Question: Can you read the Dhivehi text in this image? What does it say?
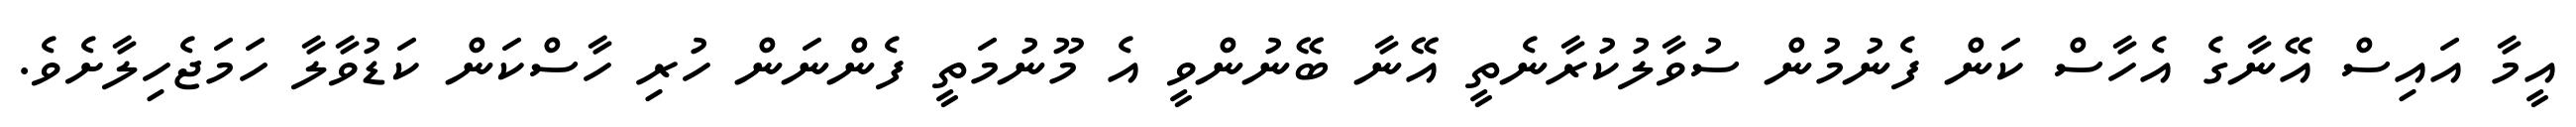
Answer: އީމާ އައިސް އޭނާގެ އެހާސް ކަން ފެނުމުން ސުވާލުކުރާނެތީ އޭނާ ބޭނުންވީ އެ މޫނުމަތީ ފެންނަން ހުރި ހާސްކަން ކަޑުވާލާ ހަމަޖެހިލާށެވެ.